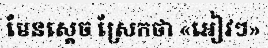
មែនស្តេច ស្រែកថា «អៀវៗ»